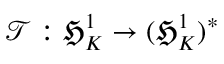
\mathcal { T } : \mathfrak { H } _ { K } ^ { 1 } \to ( \mathfrak { H } _ { K } ^ { 1 } ) ^ { * }